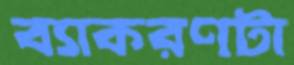
ব্যাকরণটা